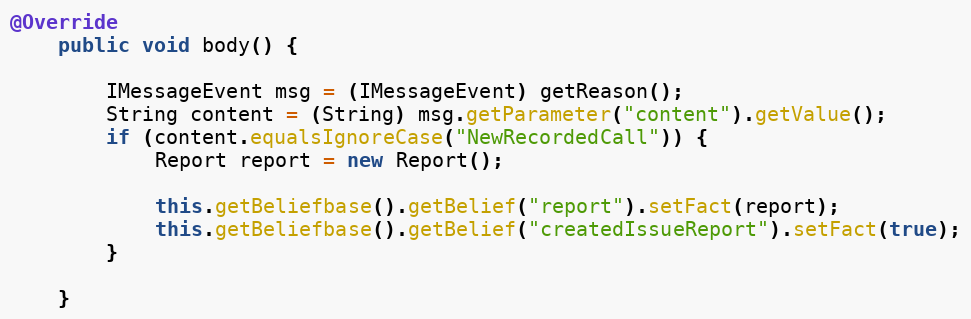
Language: Java
@Override
	public void body() {

		IMessageEvent msg = (IMessageEvent) getReason();
		String content = (String) msg.getParameter("content").getValue();
		if (content.equalsIgnoreCase("NewRecordedCall")) {
			Report report = new Report();

			this.getBeliefbase().getBelief("report").setFact(report);
			this.getBeliefbase().getBelief("createdIssueReport").setFact(true);
		}

	}